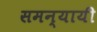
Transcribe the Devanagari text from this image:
समन्यायी